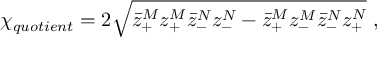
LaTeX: { \chi } _ { q u o t i e n t } = 2 \sqrt { \bar { z } _ { + } ^ { M } z _ { + } ^ { M } \bar { z } _ { - } ^ { N } z _ { - } ^ { N } - \bar { z } _ { + } ^ { M } z _ { - } ^ { M } \bar { z } _ { - } ^ { N } z _ { + } ^ { N } } \ ,